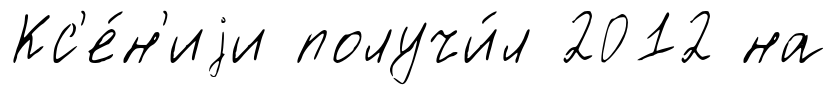
Кс'е́н'иjи получи́л 2012 на